Indian journal of veterinary science and animal husbandry - Volume 1,
Year: 1931
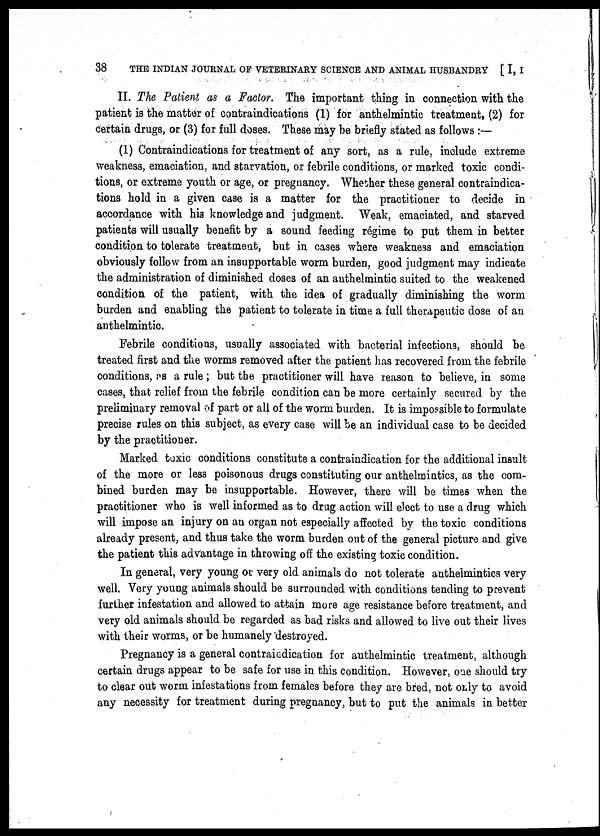
38 THE INDIAN JOURNAL OF VETERINARY SCIENCE AND ANIMAL HUSBANDRY [ I, I
II. The Patient as a Factor. The important thing in connection with the
patient is the matter of contraindications (1) for anthelmintic treatment, (2) for
certain drugs, or (3) for full doses. These may be briefly stated as follows :—
(1) Contraindications for treatment of any sort, as a rule, include extreme
weakness, emaciation, and starvation, or febrile conditions, or marked toxic condi-
tions, or extreme youth or age, or pregnancy. Whether these general contraindica-
tions hold in a given case is a matter for the practitioner to decide in
accordance with his knowledge and judgment. Weak, emaciated, and starved
patients will usually benefit by a sound feeding régime to put them in better
condition to tolerate treatment, but in cases where weakness and emaciation
obviously follow from an insupportable worm burden, good judgment may indicate
the administration of diminished doses of an anthelmintic suited to the weakened
condition of the patient, with the idea of gradually diminishing the worm
burden and enabling the patient to tolerate in time a full therapeutic dose of an
anthelmintic.
Febrile conditions, usually associated with bacterial infections, should be
treated first and the worms removed after the patient has recovered from the febrile
conditions, as a rule ; but the practitioner will have reason to believe, in some
cases, that relief from the febrile condition can be more certainly secured by the
preliminary removal of part or all of the worm burden. It is impossible to formulate
precise rules on this subject, as every case will be an individual case to be decided
by the practitioner.
Marked toxic conditions constitute a contraindication for the additional insult
of the more or less poisonous drugs constituting our anthelmintics, as the com-
bined burden may be insupportable. However, there will be times when the
practitioner who is well informed as to drug action will elect to use. a drug which
will impose an injury on an organ not especially affected by the toxic conditions
already present, and thus take the worm burden out of the general picture and give
the patient this advantage in throwing off the existing toxic condition.
In general, very young or very old animals do not tolerate antheimintics very
well. Very young animals should be surrounded with conditions tending to prevent
further infestation and allowed to attain more age resistance before treatment, and
very old animals should be regarded as bad risks and allowed to live out their lives
with their worms, or be humanely destroyed.
Pregnancy is a general contraindication for anthelmintic treatment, although
certain drugs appear to be safe for use in this condition. However, one should try
to clear out worm infestations from females before they are bred, not only to avoid
any necessity for treatment during pregnancy, but to put the animals in better